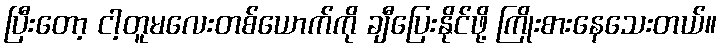
ပြီးတော့ ငါ့တူမလေးတစ်ယောက်ကို ချီပြေးနိုင်ဖို့ ကြိုးစားနေသေးတယ်။